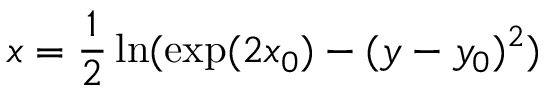
x = { \frac { 1 } { 2 } } \ln ( \exp ( 2 x _ { 0 } ) - ( y - y _ { 0 } ) ^ { 2 } )